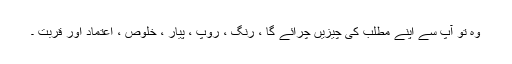
وہ تو آپ سے اپنے مطلب کی چیزیں چرائے گا ، رنگ ، روپ ، پیار ، خلوص ، اعتماد اور قربت ۔